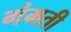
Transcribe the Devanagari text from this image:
गंमती